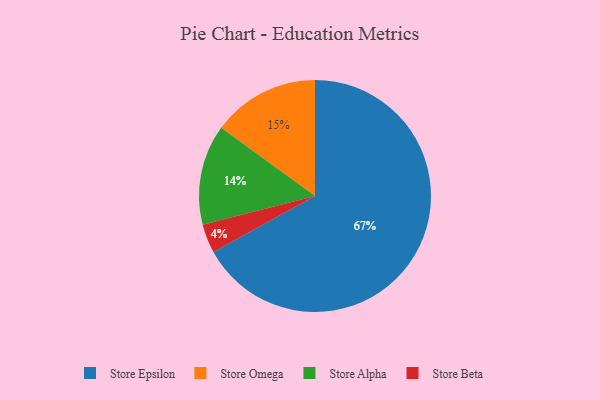
{"axis": {"x": "Category", "y": "Percentage"}, "legend": ["Store Alpha", "Store Beta", "Store Epsilon", "Store Omega"], "data": [{"x": "Store Epsilon", "y": 67, "type": "Store Epsilon"}, {"x": "Store Beta", "y": 4, "type": "Store Beta"}, {"x": "Store Omega", "y": 15, "type": "Store Omega"}, {"x": "Store Alpha", "y": 14, "type": "Store Alpha"}]}